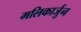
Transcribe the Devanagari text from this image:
मलिकार्जुन